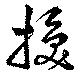
換